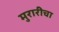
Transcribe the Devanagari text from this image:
मुरारीचा